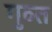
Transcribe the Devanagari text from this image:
गुव्त